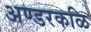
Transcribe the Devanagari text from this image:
अण्डरकळि